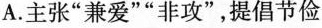
A.主张”兼爱””非攻”，提倡节俭